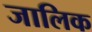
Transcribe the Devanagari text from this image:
जालिक